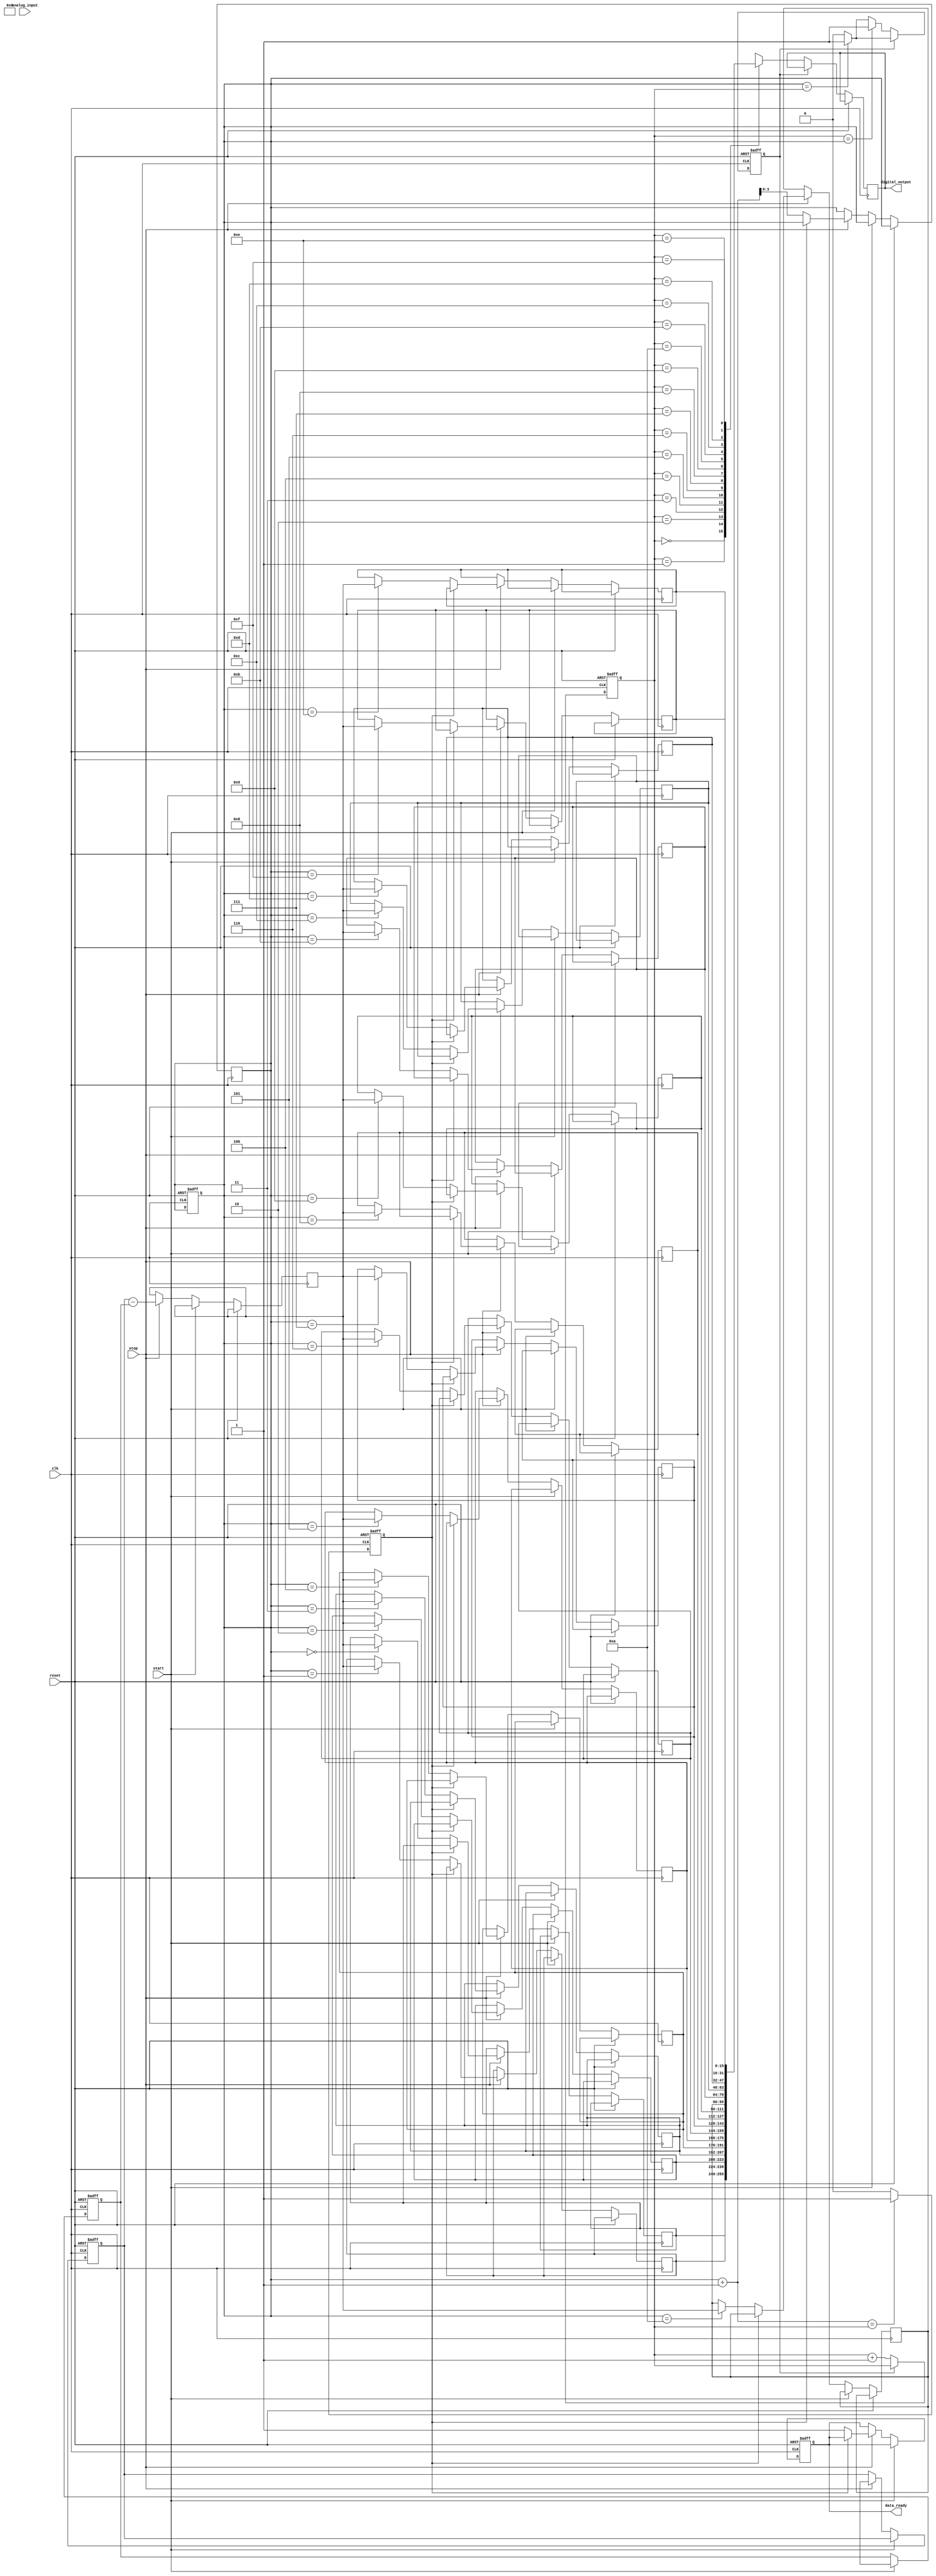
module hybrid_tdc (
    input wire clk,                // System clock
    input wire reset,              // Reset signal
    input wire start,              // Start measurement signal
    input wire stop,               // Stop measurement signal
    input wire [11:0] analog_input, // Analog input signal (for ADC)
    output reg [15:0] digital_output, // Final digital output
    output reg data_ready          // Data ready signal
);

    // Parameters
    parameter FIFO_DEPTH = 16;     // Depth of FIFO buffer
    parameter ADC_RESOLUTION = 12;  // ADC resolution
    parameter TDC_RESOLUTION = 16;  // TDC resolution

    // Internal signals
    reg [TDC_RESOLUTION-1:0] time_start;
    reg [TDC_RESOLUTION-1:0] time_stop;
    reg [TDC_RESOLUTION-1:0] time_interval;
    reg [ADC_RESOLUTION-1:0] adc_value;
    reg [TDC_RESOLUTION-1:0] fifo [0:FIFO_DEPTH-1]; // FIFO buffer
    reg [3:0] fifo_write_ptr;
    reg [3:0] fifo_read_ptr;
    reg fifo_full;
    reg fifo_empty;

    // Time Measurement Unit (TMU)
    always @(posedge clk or posedge reset) begin
        if (reset) begin
            time_start <= 0;
            time_stop <= 0;
            data_ready <= 0;
        end else if (start) begin
            time_start <= $time; // Capture start time
        end else if (stop) begin
            time_stop <= $time; // Capture stop time
            time_interval <= time_stop - time_start; // Calculate time interval
            adc_value <= analog_input; // Sample analog input
            // Store the measurement in FIFO
            if (!fifo_full) begin
                fifo[fifo_write_ptr] <= time_interval;
                fifo_write_ptr <= fifo_write_ptr + 1;
                data_ready <= 1; // Indicate data is ready
            end
        end
    end

    // FIFO Management
    always @(posedge clk or posedge reset) begin
        if (reset) begin
            fifo_write_ptr <= 0;
            fifo_read_ptr <= 0;
            fifo_full <= 0;
            fifo_empty <= 1;
        end else begin
            // Check FIFO status
            if (fifo_write_ptr == fifo_read_ptr) begin
                fifo_empty <= 1; // FIFO is empty
            end else begin
                fifo_empty <= 0; // FIFO is not empty
            end
            
            if (fifo_write_ptr + 1 == fifo_read_ptr) begin
                fifo_full <= 1; // FIFO is full
            end else begin
                fifo_full <= 0; // FIFO is not full
            end
            
            // Read from FIFO
            if (!fifo_empty) begin
                digital_output <= fifo[fifo_read_ptr]; // Output the measurement
                fifo_read_ptr <= fifo_read_ptr + 1;
                if (fifo_read_ptr == fifo_write_ptr) begin
                    fifo_empty <= 1; // FIFO becomes empty after read
                end
            end
        end
    end

endmodule